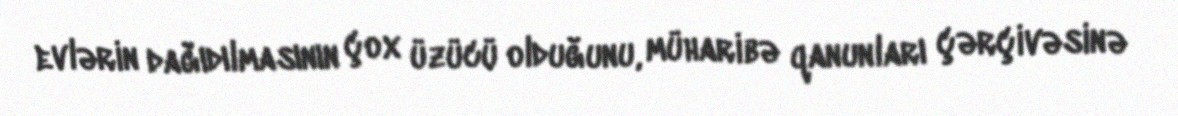
evlərin dağıdılmasının çox üzücü olduğunu, müharibə qanunları çərçivəsinə